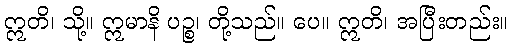
ဣတိ၊ သို့။ ဣမာနိ ပဉ္စ၊ တို့သည်။ ပေ။ ဣတိ၊ အပြီးတည်း။